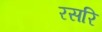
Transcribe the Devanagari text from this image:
रसरि